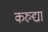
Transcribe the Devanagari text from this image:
करुद्या